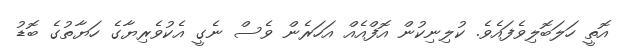
އޮތީ ހަލަބޮލިވެފައެވެ. ކުލިނިކުން އޮފްއެއް އަހަރެން ވެސް ނެގީ އެކުވެރިޔާގެ ހަޔާތުގެ ބޮޑު